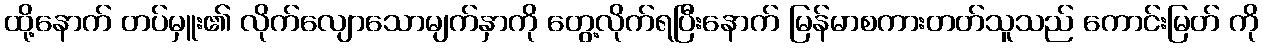
ထို့နောက် တပ်မှူး၏ လိုက်လျောသောမျက်နှာကို တွေ့လိုက်ရပြီးနောက် မြန်မာစကားတတ်သူသည် ကောင်းမြတ် ကို